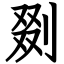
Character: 剟